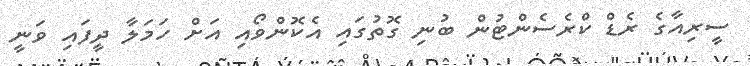
ސީރިއާގެ ރެޑް ކްރެސެންޓުން ބުނި ގޮތުގައި އެކޮންވޯއި އަށް ހަމަލާ ދީފައި ވަނީ